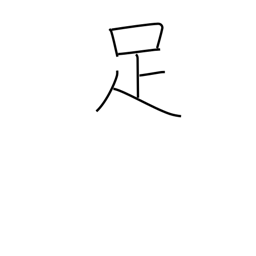
Meaning: be sufficient